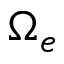
\Omega _ { e }